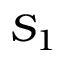
S _ { 1 }